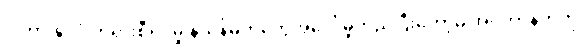
ဒါဟာ နိုင်ငံ၊တရားစီရင်မှု နယ်နိမိတ်တွေအပေါ် မူတည်ပြီးတော့မှ အင်တာနက်ကို